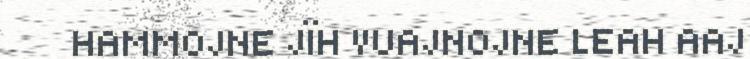
HAMMOJNE JÏH VUAJNOJNE LEAH AAJ